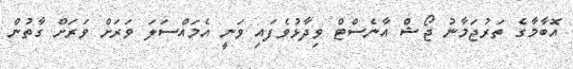
އޮބާމާގެ ތަރުޖަމާނު ޖޯޝް އާނެސްޓް ވިދާޅުވެފައި ވަނީ އެމައްސަލަ ވަރަށް ވަރަށް ގާތުން